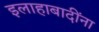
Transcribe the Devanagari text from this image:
इलाहाबादींना